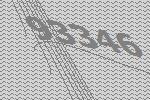
93346